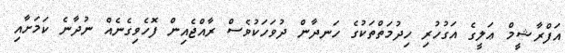
އަފްރާޝީމް ޢަލީގެ އަގުހުރި ހިދުމަތްތަކުގެ ހަނދާން ދުވަހަކުވެސް ރާއްޖެއިން ފޮހެވިގެނެއް ނުދާނެ ކަމަށާއި